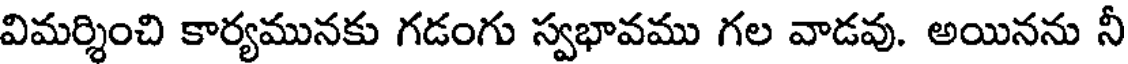
విమర్శించి కార్యమునకు గడంగు స్వభావము గల వాడవు. అయినను నీ